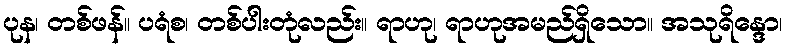
ပုန၊ တစ်ဖန်။ ပရံစ၊ တစ်ပါးတုံလည်း။ ရာဟု၊ ရာဟုအမည်ရှိသော။ အသုရိန္ဒော၊